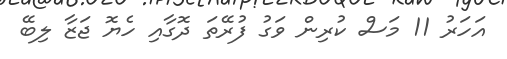
އަހަރު 11 މަސް ކުރިން ވަގު ފުރޭތަ ދޮގާއި ހެޔޮ ޖަޒާ ލިބޭ